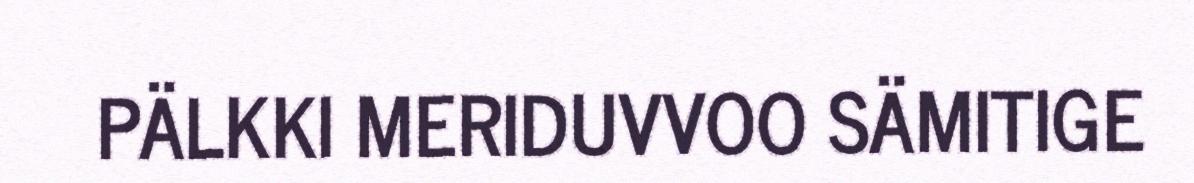
PÄLKKI MERIDUVVOO SÄMITIGE